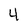
Character: 4